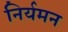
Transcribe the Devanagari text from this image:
निर्यमन